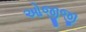
ઓજીજી